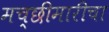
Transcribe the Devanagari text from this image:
मच्छीमारीचा